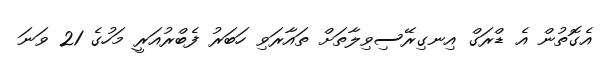
އެގޮތުން އެ ޑްރަގް އިނގިރޭސިވިލާތަށް ތައާރަވި ހަބަރު ފެބްރުއަރީ މަހުގެ 21 ވަނަ